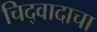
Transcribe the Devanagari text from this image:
चिद्‌वादाचा